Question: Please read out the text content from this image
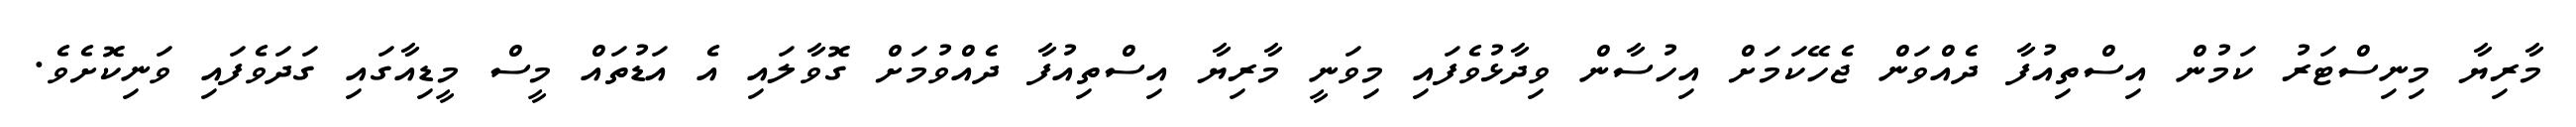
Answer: މާރިޔާ މިނިސްޓަރު ކަމުން އިސްތިއުފާ ދެއްވަން ޖެހޭކަމަށް އިހުސާން ވިދާޅުވެފައި މިވަނީ މާރިޔާ އިސްތިއުފާ ދެއްވުމަށް ގޮވާލައި އެ އަޑުތައް މީސް މީޑިއާގައި ގަދަވެފައި ވަނިކޮށެވެ.